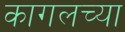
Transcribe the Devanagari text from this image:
कागलच्या